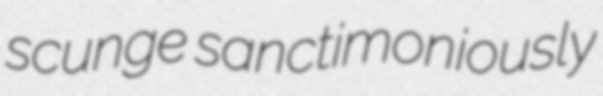
scunge sanctimoniously